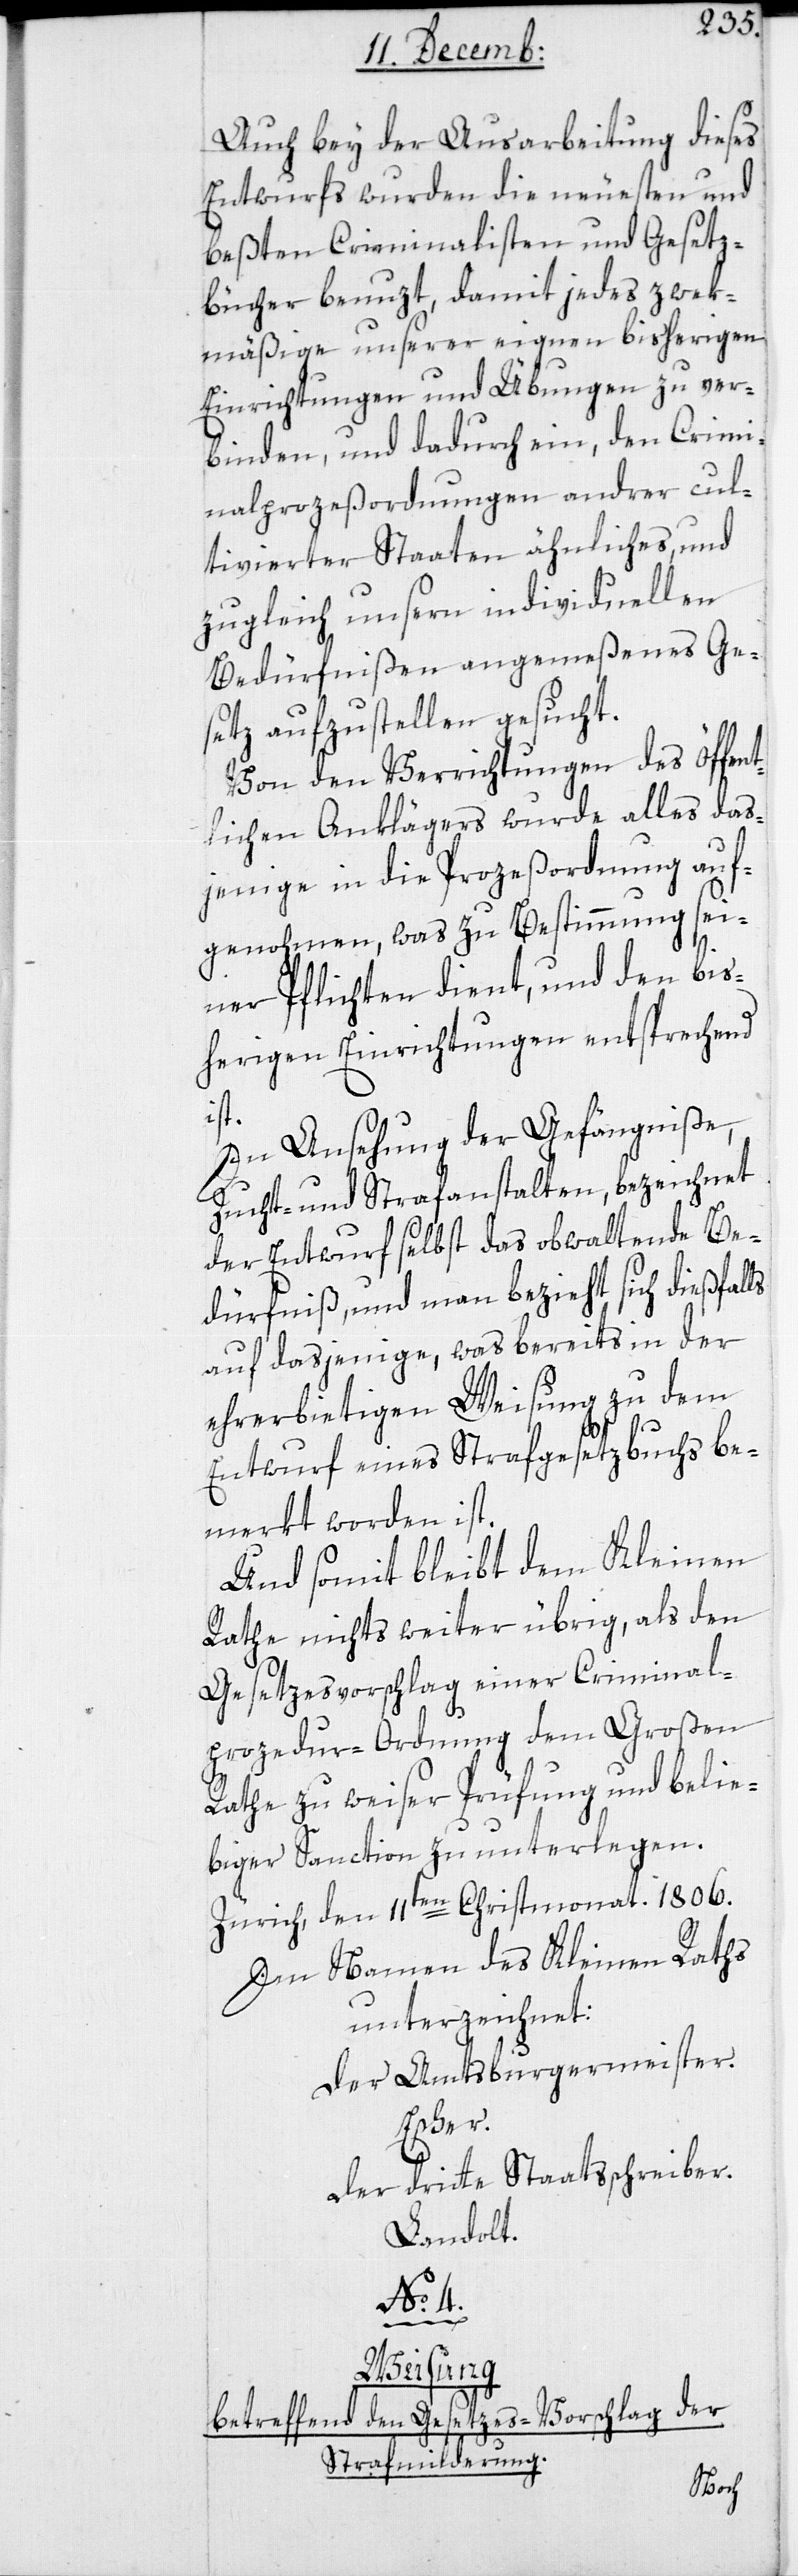
Auch bey der Ausarbeitung dieses
Entwurfs wurden die neuesten und
beßten Criminalisten und Gesetz¬
bücher benuzt, damit jedes zwek¬
mäßige unserer eignen bisherigen
Einrichtungen und Übungen zu ver¬
binden, und dadurch ein, den Crimi¬
nalprozeßordnungen andrer cul¬
tivierter Staaten ähnliches, und
zugleich unsern individuellen
Bedürfnißen angemeßenes Ge¬
setz aufzustellen gesucht.
Von den Verrichtungen des Öffent¬
lichen Anklägers wurde alles das¬
jenige in die Prozeßordnung auf¬
genohmen, was zu Bestimmung sei¬
ner Pflichten dient, und den bis¬
herigen Einrichtungen entsprechend
ist.
In Ansehung der Gefängniße,
Zucht-[,] und Strafanstalten, bezeichnet
der Entwurf selbst das obwaltende Be¬
dürfniß, und man bezieht sich dießfalls
auf dasjenige, was bereits in der
ehrerbietigen Weisung zu dem
Entwurf eines Strafgesetzbuchs be¬
merkt worden ist.
Und somit bleibt dem Kleinen
Rathe nichts weiter übrig, als den
Gesetzesvorschlag einer Criminal¬
prozedur-Ordnung dem Großen
Rathe zu weiser Prüfung und belie¬
biger Sanction zu unterlegen.
Zürich, den 11ten Christmonat. 1806.
Im Namen des Kleinen Raths
unterzeichnet:
Der Amtsburgermeister.
Escher.
Der dritte Staatsschreiber.
Landolt.
No. 4.
Weisung
betreffend den Gesetzes-Vorschlag der
Strafmilderung.